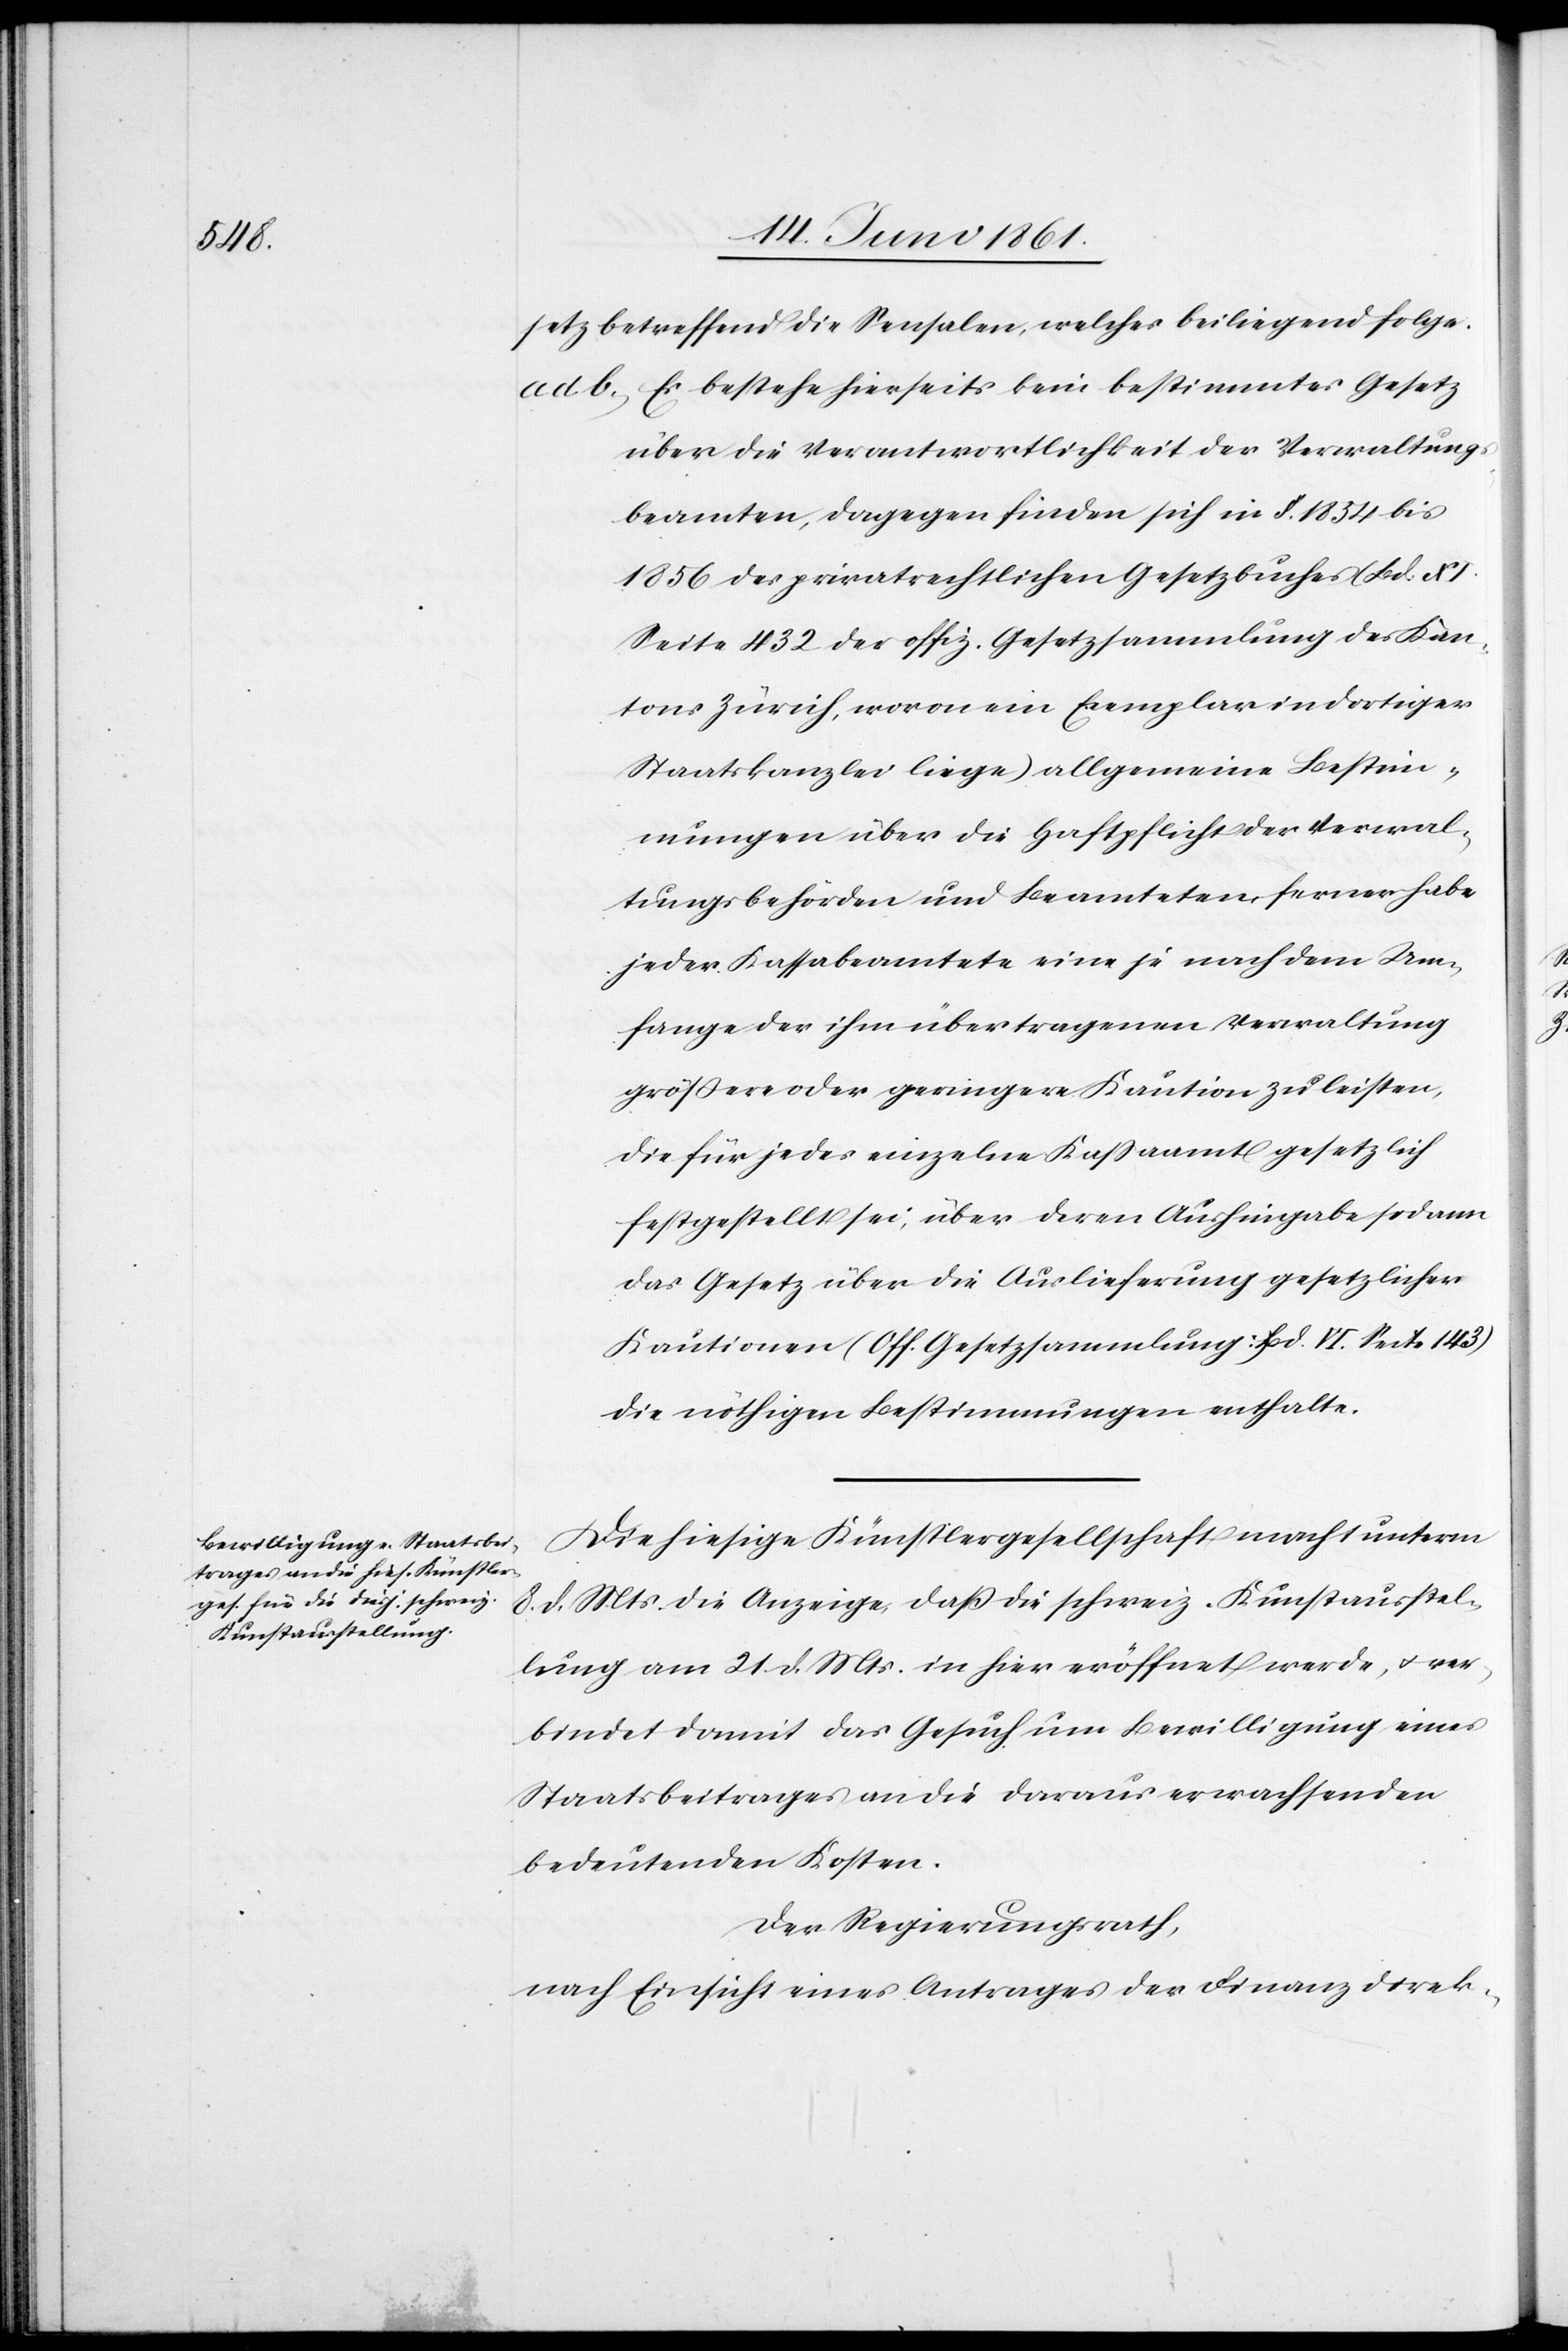
setz betreffend die Sensalen, welches beiliegend folge.
ad. b. Es bestehe hierseits kein bestimmtes Gesetz
über die Verantwortlichkeit der Verwaltungs¬
beamten, dagegen finden sich in §. 1854 bis
1856 des privatrechtlichen Gesetzbuches (Bd. XI
Seite 432 der offiz. Gesetzsammlung des Kan¬
tons Zürich, wovon ein Exemplar in dortiger
Staatskanzlei liege) allgemeine Bestim¬
mungen über die Haftpflicht der Verwal¬
tungsbehörden und Beamteten, ferner habe
jeder Kassabeamtete eine je nach dem Um¬
fange der ihm übertragenen Verwaltung
grössere oder geringere Kaution zu leisten,
die für jedes einzelne Kassaamt gesetzlich
festgestellt sei, über deren Aushingabe sodann
das Gesetz über die Auslieferung gesetzlicher
Kautionen (Off. Gesetzsammlung Bd. VI. Seite 143)
die nöthigen Bestimmungen enthalte.
Die hiesige Künstlergesellschaft macht unterm
8. d. Mts. die Anzeige, dass die schweiz. Kunstausstel¬
lung am 21. d. Mts. in hier eröffnet werde, u. ver¬
bindet damit das Gesuch um Bewilligung eines
Staatsbeitrages an die daraus erwachsenden
bedeutenden Kosten.
Der Regierungsrath,
nach Einsicht eines Antrages der Finanzdirek-